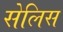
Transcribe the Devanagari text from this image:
सेलिस